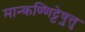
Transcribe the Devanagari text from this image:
मान्कण्णिट्टेषु़त्तु